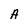
Character: A